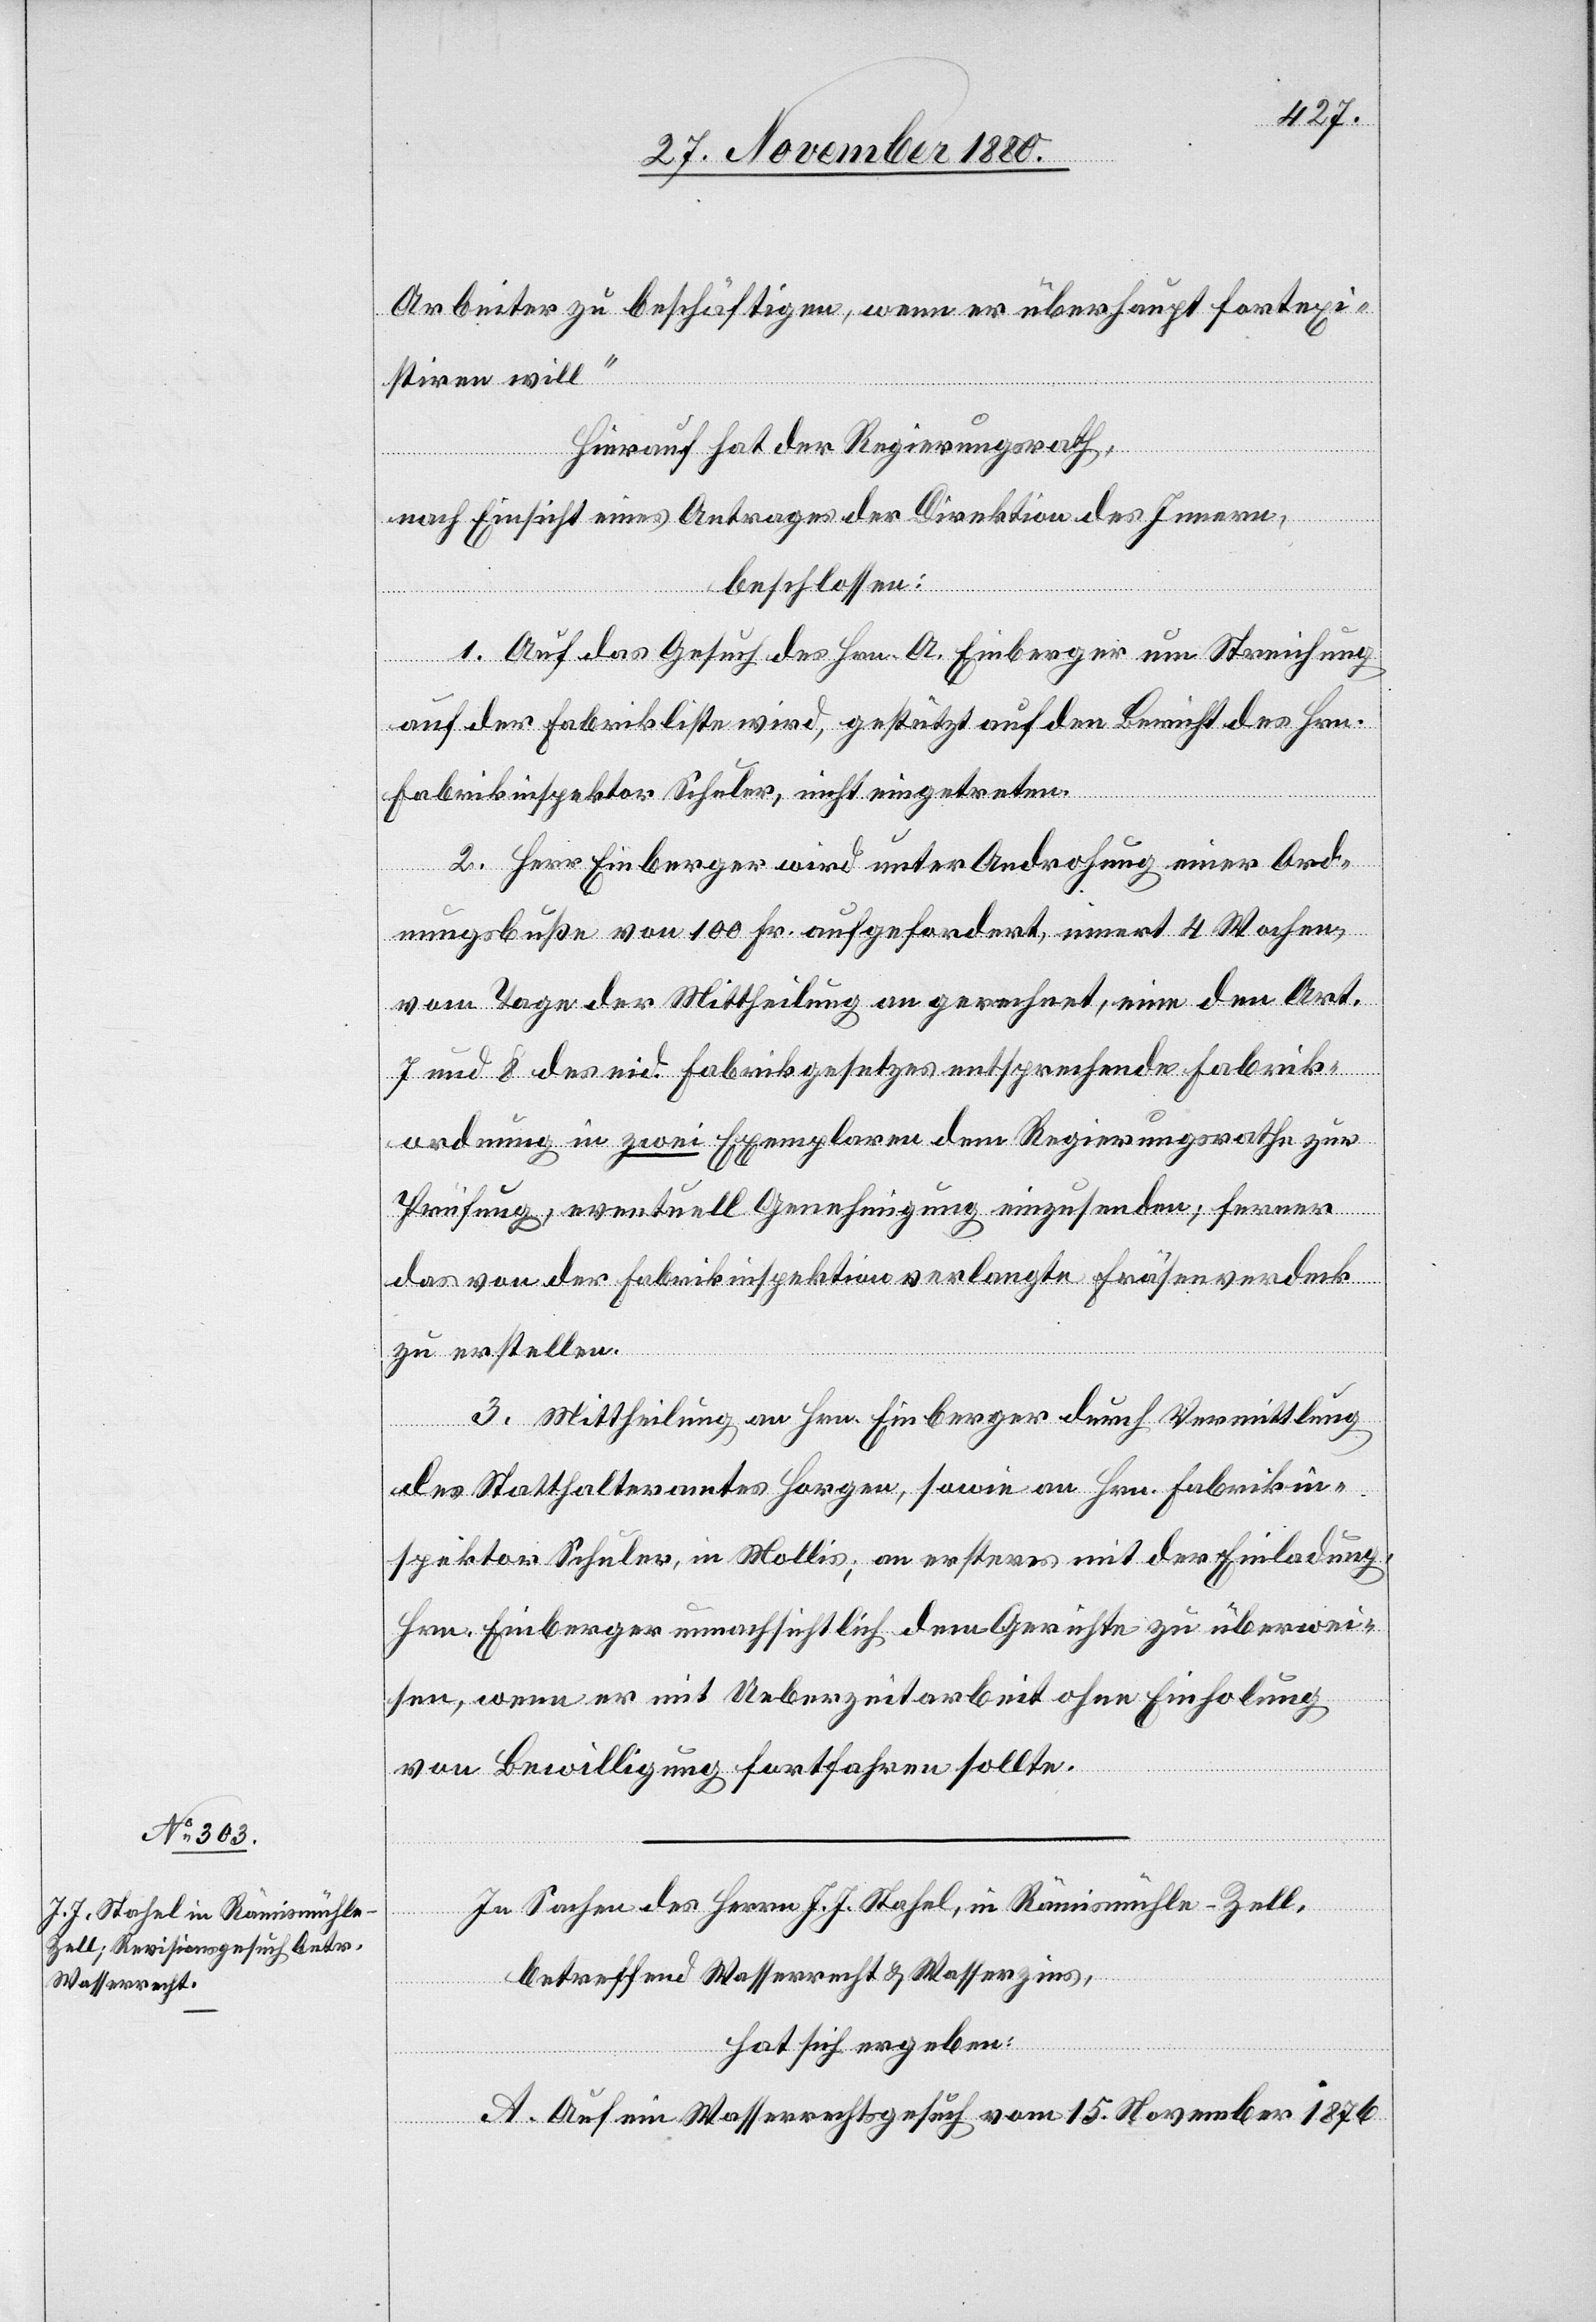
Arbeiter zu beschäftigen, wenn er überhaupt fortexi¬
stiren will.“
Hierauf hat der Regierungsrath,
nach Einsicht eines Antrages der Direktion des Innern,
beschlossen:
1. Auf das Gesuch des Hrn. A. Einberger um Streichung
auf der Fabrikliste wird, gestützt auf den Bericht des Hrn.
Fabrikinspektor Schuler, nicht eingetreten.
2. Herr Einberger wird unter Androhung einer Ord¬
nungsbuße von 100 Fr. aufgefordert, innert 4 Wochen,
vom Tage der Mitheilung an gerechnet, eine den Art.
7 und 8 des eid. Fabrikgesetzes entsprechende Fabrik¬
ordnung in zwei Exemplaren dem Regierungsrathe zur
Prüfung, eventuell Genehmigung einzusenden; ferner
das von der Fabrikinspektion verlangte Fräsenverdeck
zu erstellen.
3. Mittheilung an Hrn. Einberger durch Vermittlung
des Statthalteramtes Horgen, sowie an Hrn. Fabrikin¬
spektor Schuler, in Mollis; an ersteres mit der Einladung,
Hrn. Einberger unnachsichtlich dem Gerichte zu überwei¬
sen, wenn er mit Ueberzeitarbeit ohne Einholung
von Bewilligung fortfahren sollte.
In Sachen des Herrn J. J. Stahel, in Rämismühle - Zell,
betreffend Wasserrecht & Wasserzins,
hat sich ergeben.
A. Auf ein Wasserrechtsgesuch vom 15. November 1876